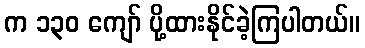
က ၁၃၀ ကျော် ပို့ထားနိုင်ခဲ့ကြပါတယ်။